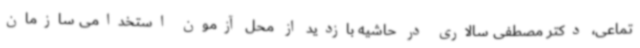
تماعی، دکتر مصطفی سالاری در حاشیه بازدید از محل آزمون استخدامی سازمان